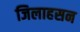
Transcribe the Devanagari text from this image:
जिलाहसन